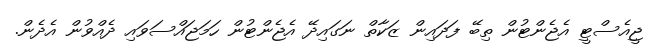
ޖީއެސްޓީ އެޖެންޓުން ތިބޭ ފަދައިން ޒަކާތް ނަގައިދޭ އެޖެންޓުން ހަމަޖައްސަވައި ދެއްވުން އެދެން.